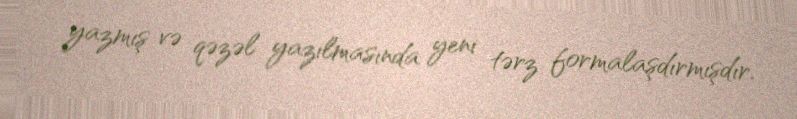
yazmış və qəzəl yazılmasında yeni tərz formalaşdırmışdır.